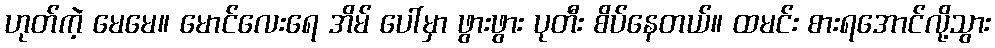
ဟုတ်ကဲ့ မေမေ။ မောင်လေးရေ အိမ် ပေါ်မှာ ဖွားဖွား ပုတီး စိပ်နေတယ်။ ထမင်း စားရအောင်လို့သွား